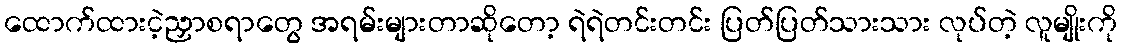
ထောက်ထားငဲ့ညှာစရာတွေ အရမ်းများတာဆိုတော့ ရဲရဲတင်းတင်း ပြတ်ပြတ်သားသား လုပ်တဲ့ လူမျိုးကို